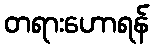
တရားဟောရန်